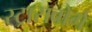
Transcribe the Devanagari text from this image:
स्ट्रासबोर्ग